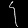
Digit: ၄